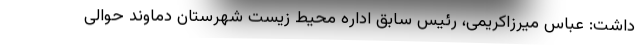
داشت: عباس میرزاکریمی، رئیس سابق اداره محیط زیست شهرستان دماوند حوالی